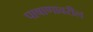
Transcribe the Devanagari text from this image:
पाषाणावरील